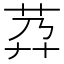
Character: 𦮘